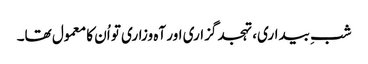
شبِ بیداری، تہجد گزاری اور آہ وزاری تو اُن کا معمول تھا۔